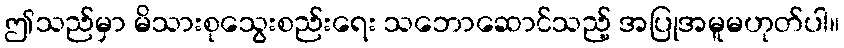
ဤသည်မှာ မိသားစုသွေးစည်းရေး သဘောဆောင်သည့် အပြုအမူမဟုတ်ပါ။